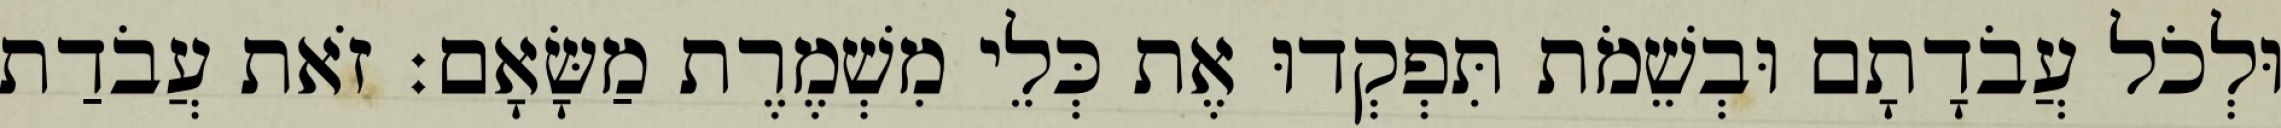
וּלְכֹל עֲבֹדָתָם וּבְשֵׁמֹת תִּפְקְדוּ אֶת כְּלֵי מִשְׁמֶרֶת מַשָּׂאָם׃ זֹאת עֲבֹדַת